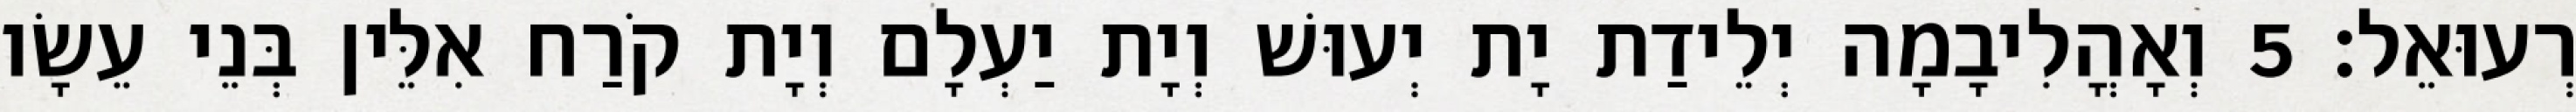
רְעוּאֵל׃ 5 וְאָהֳלִיבָמָה יְלֵידַת יָת יְעוּשׁ וְיָת יַעְלָם וְיָת קֹרַח אִלֵּין בְּנֵי עֵשָׂו